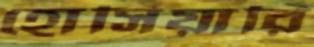
হোসিয়ারি